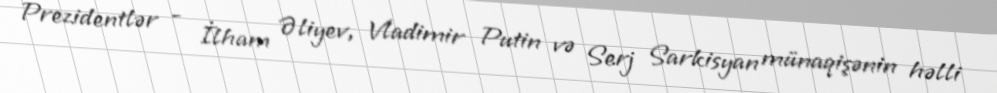
Prezidentlər - İlham Əliyev, Vladimir Putin və Serj Sarkisyan münaqişənin həlli